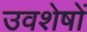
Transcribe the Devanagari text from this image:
उवशेषों